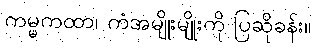
ကမ္မကထာ၊ ကံအမျိုးမျိုးကို ပြဆိုခန်း။